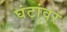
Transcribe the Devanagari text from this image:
घंटांवर